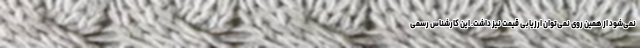
نمی‌شود از همین روی نمی‌توان ارزیابی قیمت نیز داشت. این کارشناس رسمی